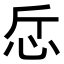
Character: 𢗹